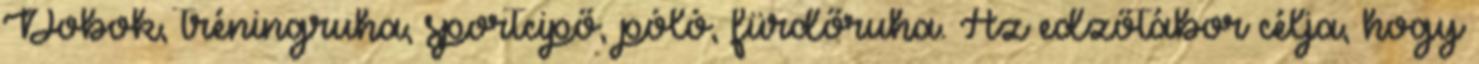
Dobok, tréningruha, sportcipő, póló, fürdőruha. Az edzőtábor célja, hogy